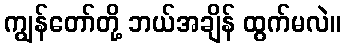
ကျွန်တော်တို့ ဘယ်အချိန် ထွက်မလဲ။